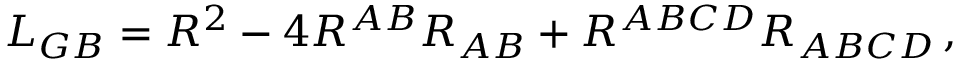
{ \cal L } _ { G B } = R ^ { 2 } - 4 R ^ { A B } R _ { A B } + R ^ { A B C D } R _ { A B C D } \, ,